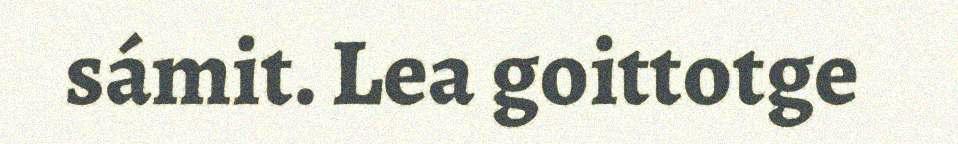
sámit. Lea goittotge